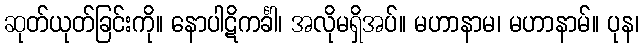
ဆုတ်ယုတ်ခြင်းကို။ နောပါဋိကင်္ခါ၊ အလိုမရှိအပ်။ မဟာနာမ၊ မဟာနာမ်။ ပုန၊